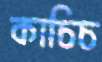
কাচিচ